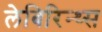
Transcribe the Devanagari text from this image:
लेबिरिन्थ्स